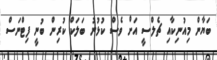
ބަޔާން މިއުނިކާއި ޗެލްސީ އަށް ވެސް ކުޅުނު ބަލަކް ކުރިން ބުނީ ފިޓްނަސް